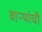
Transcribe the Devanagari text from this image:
वाऱ्यांची